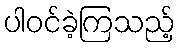
ပါဝင်ခဲ့ကြသည့်